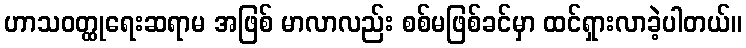
ဟာသဝတ္ထုရေးဆရာမ အဖြစ် မာလာလည်း စစ်မဖြစ်ခင်မှာ ထင်ရှားလာခဲ့ပါတယ်။